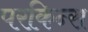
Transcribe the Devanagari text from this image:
परकिन्स